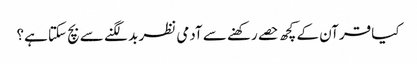
کیا قرآن کے کچھ حصے رکھنے سے آدمی نظر بد لگنے سے بچ سکتا ہے؟